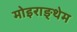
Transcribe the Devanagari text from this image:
मोइराङ्थेम